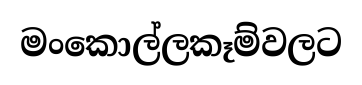
මංකොල්ලකෑම්වලට